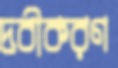
দ্রবীকরণ